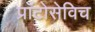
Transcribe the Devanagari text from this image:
प्राॅटोसेविच